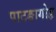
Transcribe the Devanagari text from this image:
पाटङागोह